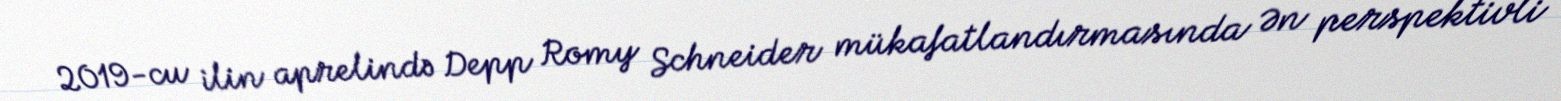
2019-cu ilin aprelində Depp Romy Schneider mükafatlandırmasında Ən perspektivli